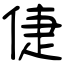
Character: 倢